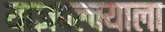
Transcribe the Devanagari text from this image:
याज्ञवल्क्याला